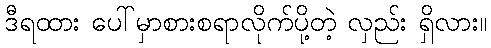
ဒီရထား ပေါ်မှာစားစရာလိုက်ပို့တဲ့ လှည်း ရှိလား။